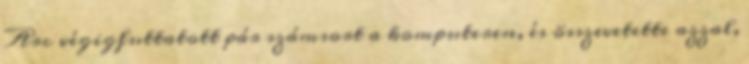
Arc végigfuttatott pár számsort a komputeren, és összevetette azzal,